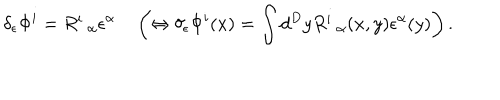
\delta _ { \epsilon } \Phi ^ { i } = R _ { \; \; \alpha } ^ { i } \epsilon ^ { \alpha } \quad \left( \Leftrightarrow \delta _ { \epsilon } \Phi ^ { i } ( x ) = \int d ^ { D } y R _ { \; \; \alpha } ^ { i } ( x , y ) \epsilon ^ { \alpha } ( y ) \right) .